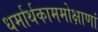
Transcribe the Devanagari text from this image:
धर्मार्थकाममोक्षाणां